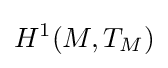
H^{1}(M,T_{M})